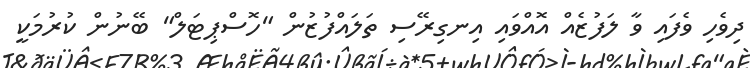
ދިވެހި ވެފައި ވާ ލަފުޒެއް އޮއްވައި އިނގިރޭސި ތަލައްފުޒުން "ހޮސްޕިޓަލް" ބޭނުން ކުރުމަކީ